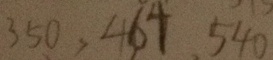
3 5 0 , 4 6 4 , 5 4 0